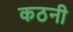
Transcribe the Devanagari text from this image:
कठनी